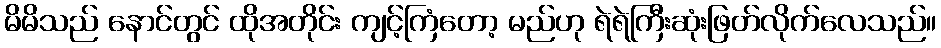
မိမိသည် နောင်တွင် ထိုအတိုင်း ကျင့်ကြံတော့ မည်ဟု ရဲရဲကြီးဆုံးဖြတ်လိုက်လေသည်။